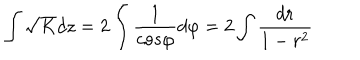
LaTeX: \int \sqrt { K } d z = 2 \int \frac { 1 } { c o s \varphi } d \varphi = 2 \int \frac { d r } { 1 - r ^ { 2 } }